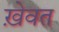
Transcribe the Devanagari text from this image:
ख़ेवत